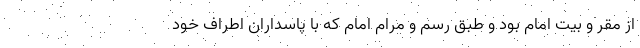
از مقر و بیت امام بود و طبق رسم و مرام امام که با پاسداران اطراف خود